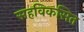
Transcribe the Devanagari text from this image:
सहविकसित